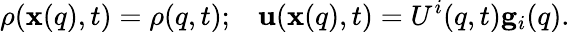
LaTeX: \rho({\mathbf x}({q}),t)=\rho({q},t);\; \; \; {\mathbf u}({\mathbf x}({q}),t)={U}^{i}({q},t){\mathbf g}_{i}({q}).